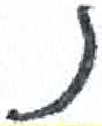
אות: נ